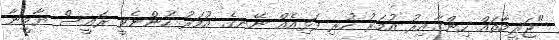
"ޖަރީމާތައް ހިންގާއިރު އުމަރު ހުރި ފަޅިއެއް ނޭނގެ އުމަރު ހުންނެވީ ރައީސް ޔާމީނާ